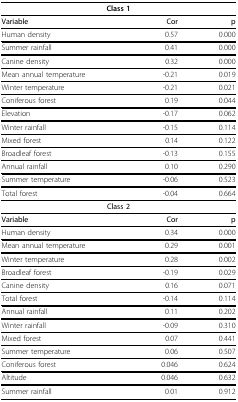
<table><thead><tr><td colspan="3"><b>Class 1</b></td></tr></thead><tbody><tr><td><b>Variable</b></td><td><b>Cor</b></td><td><b>p</b></td></tr><tr><td>Human density</td><td>0.57</td><td>0.000</td></tr><tr><td>Summer rainfall</td><td>0.41</td><td>0.000</td></tr><tr><td>Canine density</td><td>0.32</td><td>0.000</td></tr><tr><td>Mean annual temperature</td><td>-0.21</td><td>0.019</td></tr><tr><td>Winter temperature</td><td>-0.21</td><td>0.021</td></tr><tr><td>Coniferous forest</td><td>0.19</td><td>0.044</td></tr><tr><td>Elevation</td><td>-0.17</td><td>0.062</td></tr><tr><td>Winter rainfall</td><td>-0.15</td><td>0.114</td></tr><tr><td>Mixed forest</td><td>0.14</td><td>0.122</td></tr><tr><td>Broadleaf forest</td><td>-0.13</td><td>0.155</td></tr><tr><td>Annual rainfall</td><td>0.10</td><td>0.290</td></tr><tr><td>Summer temperature</td><td>-0.06</td><td>0.523</td></tr><tr><td>Total forest</td><td>-0.04</td><td>0.664</td></tr><tr><td colspan="3"><b>Class 2</b></td></tr><tr><td><b>Variable</b></td><td><b>Cor</b></td><td><b>p</b></td></tr><tr><td>Human density</td><td>0.34</td><td>0.000</td></tr><tr><td>Mean annual temperature</td><td>0.29</td><td>0.001</td></tr><tr><td>Winter temperature</td><td>0.28</td><td>0.002</td></tr><tr><td>Broadleaf forest</td><td>-0.19</td><td>0.029</td></tr><tr><td>Canine density</td><td>0.16</td><td>0.071</td></tr><tr><td>Total forest</td><td>-0.14</td><td>0.114</td></tr><tr><td>Annual rainfall</td><td>0.11</td><td>0.202</td></tr><tr><td>Winter rainfall</td><td>-0.09</td><td>0.310</td></tr><tr><td>Mixed forest</td><td>0.07</td><td>0.441</td></tr><tr><td>Summer temperature</td><td>0.06</td><td>0.507</td></tr><tr><td>Coniferous forest</td><td>0.046</td><td>0.624</td></tr><tr><td>Altitude</td><td>0.046</td><td>0.632</td></tr><tr><td>Summer rainfall</td><td>0.01</td><td>0.912</td></tr></tbody></table>